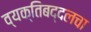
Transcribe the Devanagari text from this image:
व्यक्तिबद्दलचा